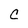
Character: C